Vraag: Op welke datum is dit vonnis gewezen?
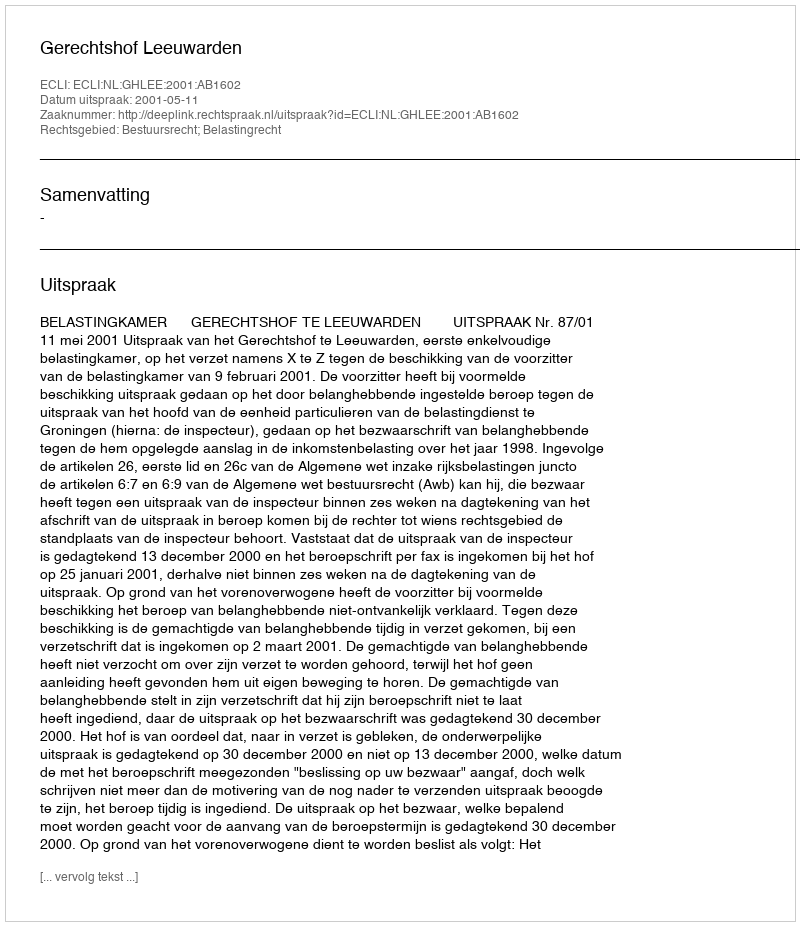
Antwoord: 2001-05-11